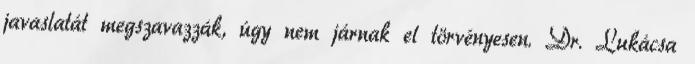
javaslatát megszavazzák, úgy nem járnak el törvényesen. Dr. Lukácsa